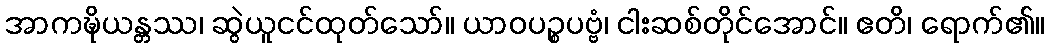
အာကဍ္ဎိယန္တဿ၊ ဆွဲယူငင်ထုတ်သော်။ ယာဝပဉ္စပဗ္ဗံ၊ ငါးဆစ်တိုင်အောင်။ ဧတိ၊ ရောက်၏။